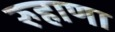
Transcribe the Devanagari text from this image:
रुहाणा